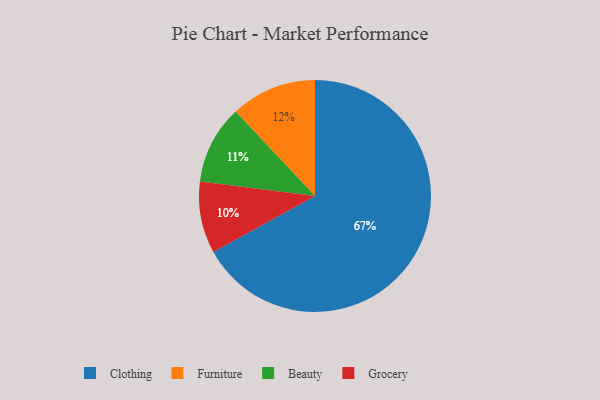
{"axis": {"x": "Category", "y": "Percentage"}, "legend": ["Beauty", "Clothing", "Furniture", "Grocery"], "data": [{"x": "Grocery", "y": 10, "type": "Grocery"}, {"x": "Beauty", "y": 11, "type": "Beauty"}, {"x": "Furniture", "y": 12, "type": "Furniture"}, {"x": "Clothing", "y": 67, "type": "Clothing"}]}